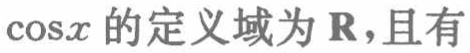
$\cos x$ 的定义域为 $\mathbf{R}$，且有